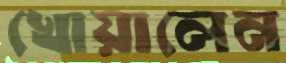
খোয়ালেন